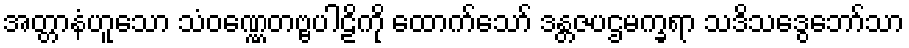
အတ္တာနံဟူသော သံဝဏ္ဏေတဗ္ဗပါဠိကို ထောက်သော် ဒန္တဇပဌမက္ခရာ သဒိသဒွေဘော်သာ